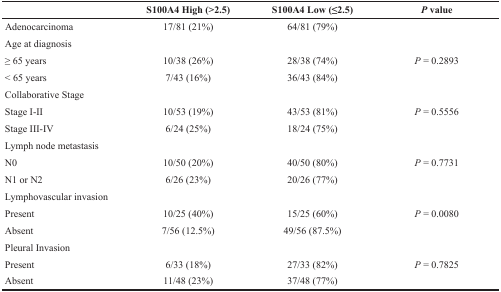
|  | S100A4 High (>2.5) | S100A4 Low (≤2.5) | P value |
 | --- | --- | --- | --- |
 | Adenocarcinoma | 17/81 (21%) | 64/81 (79%) |  |
 | <COLSPAN=4> Age at diagnosis |
 | ≥ 65 years | 10/38 (26%) | 28/38 (74%) | P = 0.2893 |
 | < 65 years | 7/43 (16%) | 36/43 (84%) |  |
 | <COLSPAN=4> Collaborative Stage |
 | Stage I-II | 10/53 (19%) | 43/53 (81%) | P = 0.5556 |
 | Stage III-IV | 6/24 (25%) | 18/24 (75%) |  |
 | <COLSPAN=4> Lymph node metastasis |
 | N0 | 10/50 (20%) | 40/50 (80%) | P = 0.7731 |
 | N1 or N2 | 6/26 (23%) | 20/26 (77%) |  |
 | <COLSPAN=4> Lymphovascular invasion |
 | Present | 10/25 (40%) | 15/25 (60%) | P = 0.0080 |
 | Absent | 7/56 (12.5%) | 49/56 (87.5%) |  |
 | <COLSPAN=4> Pleural Invasion |
 | Present | 6/33 (18%) | 27/33 (82%) | P = 0.7825 |
 | Absent | 11/48 (23%) | 37/48 (77%) |  |